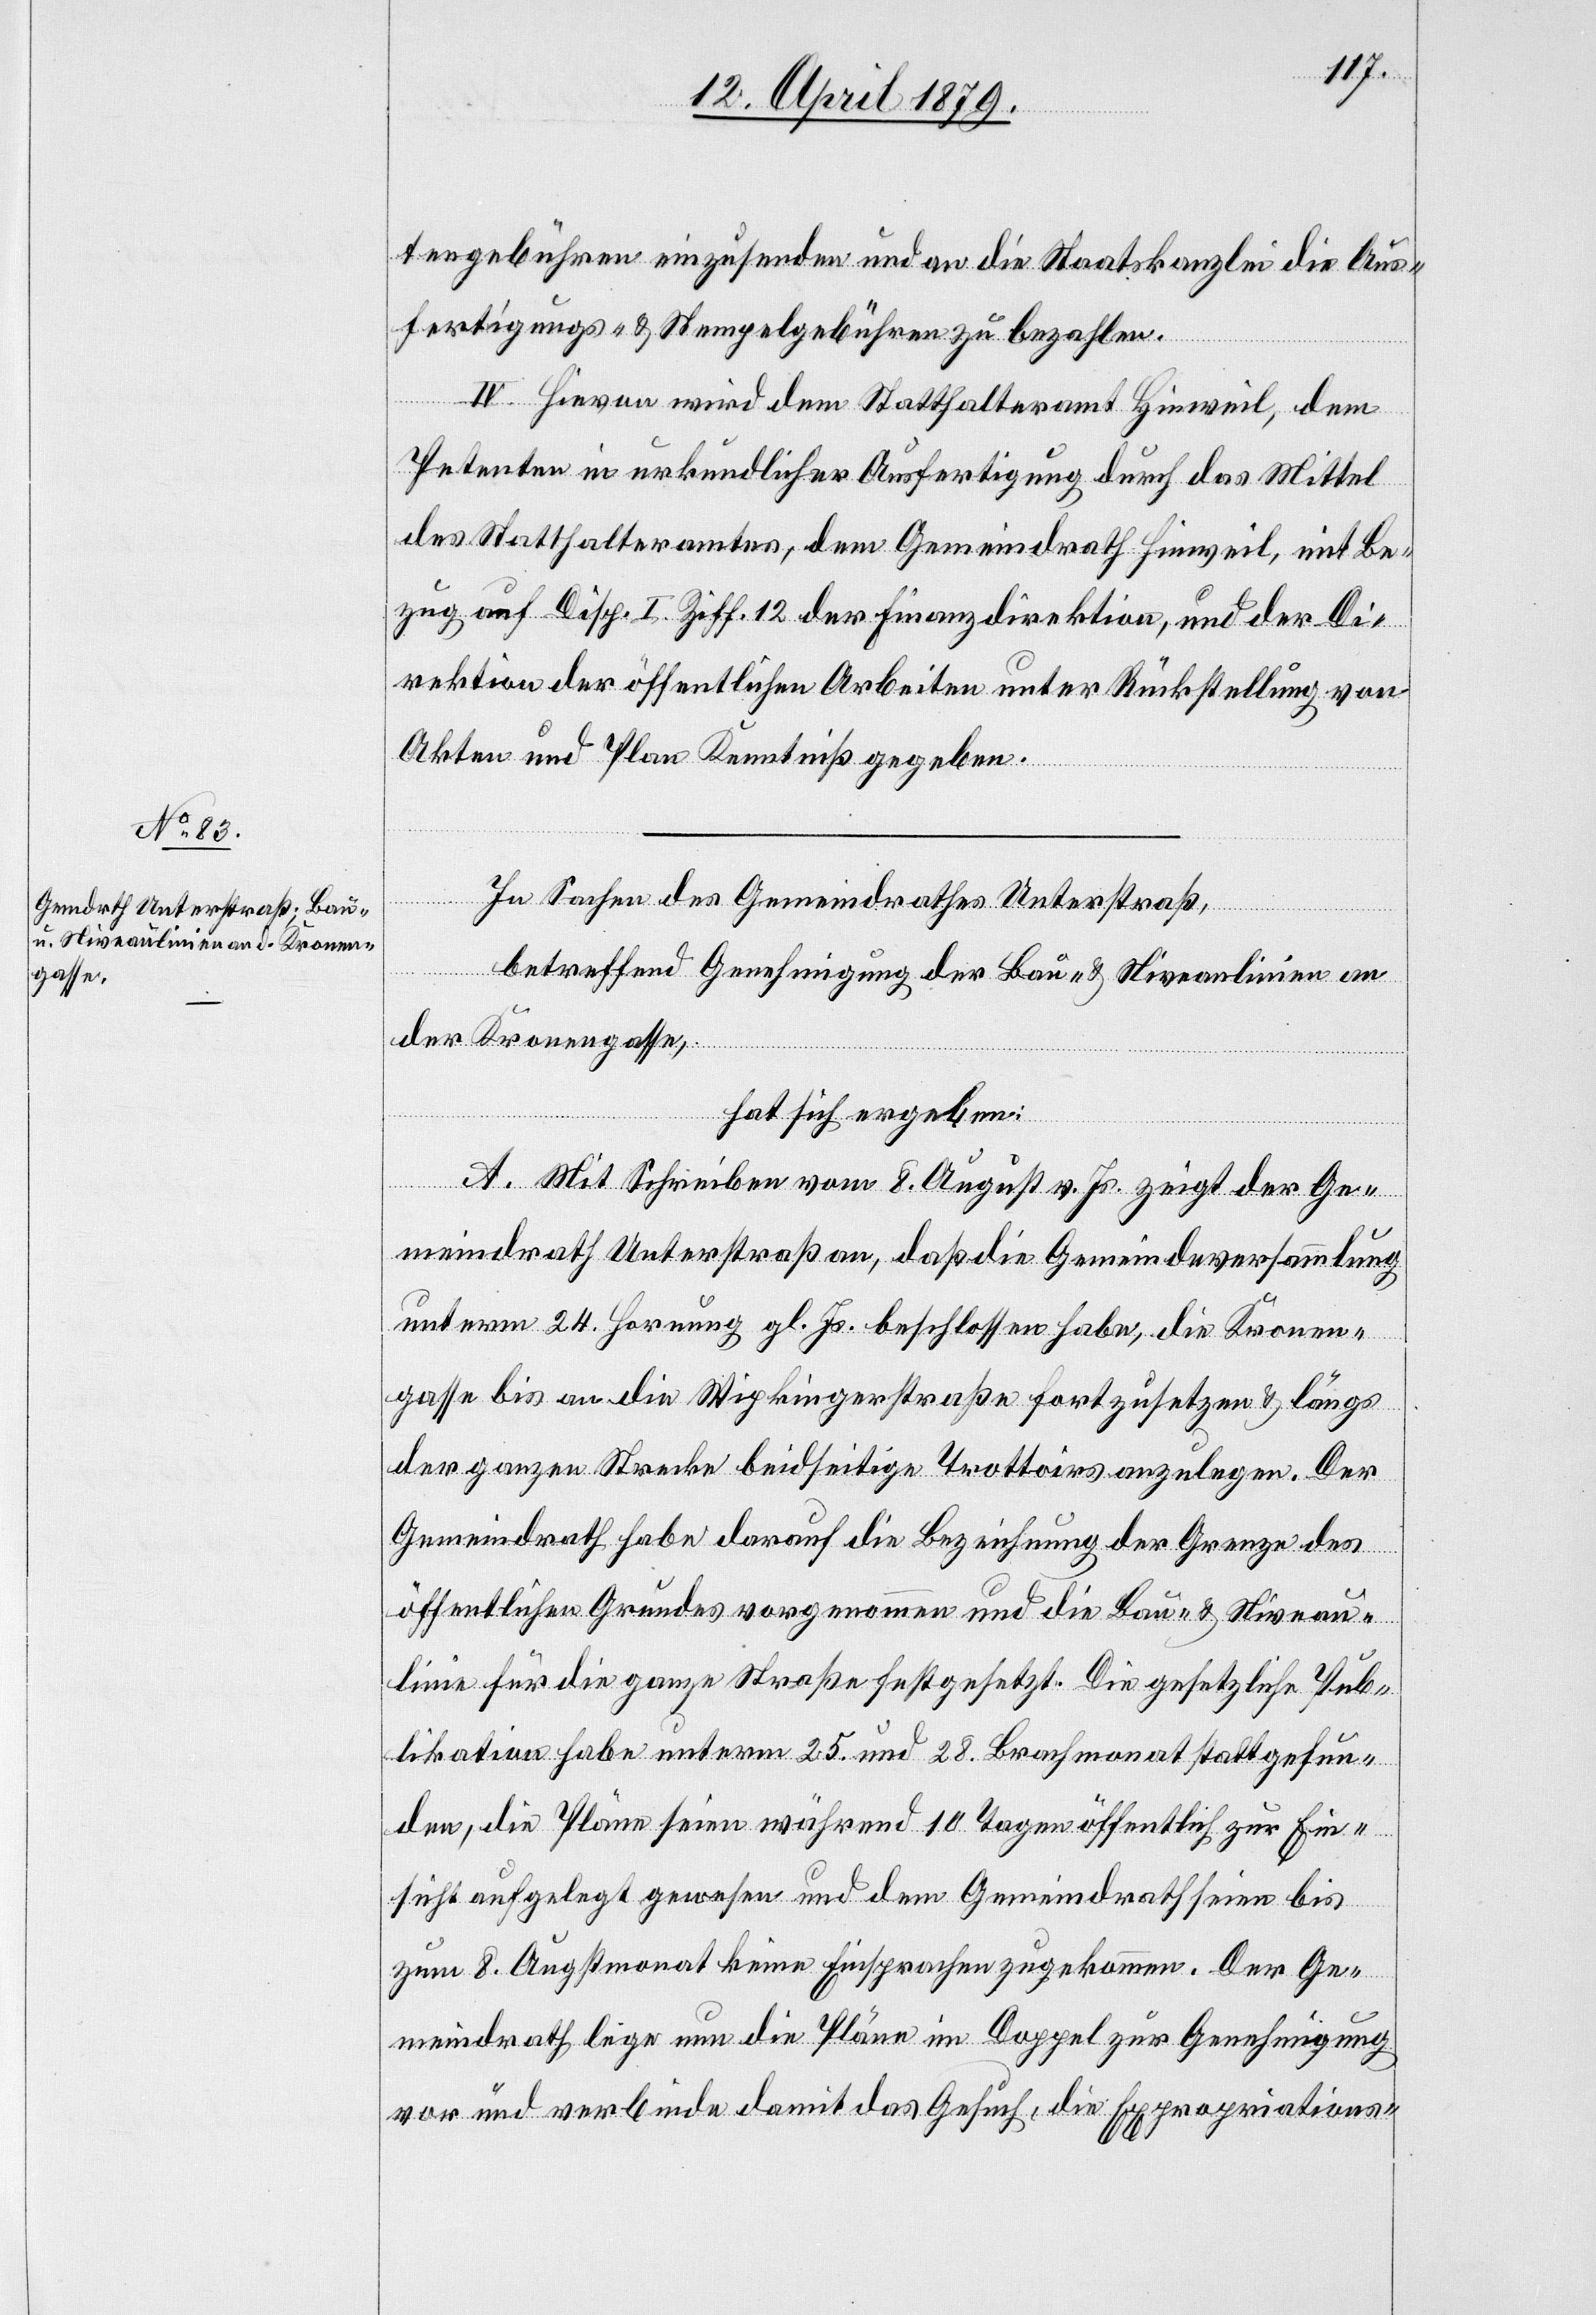
tengebühren einzusenden und an die Staatskanzlei die Aus¬
fertigungs- & Stempelgebühren zu bezahlen.
IV. Hievon wird dem Statthalteramt Hinweil, dem
Petenten in urkundlicher Ausfertigung durch das Mittel
des Statthalteramtes, dem Gemeindrath Hinweil, mit Be¬
zug auf Disp. I. Ziff. 12 der Finanzdirektion, und der Di¬
rektion der öffentlichen Arbeiten unter Rückstellung von
Akten und Plan Kenntniß gegeben.
In Sachen des Gemeindrathes Unterstraß,
betreffend Genehmigung der Bau- & Niveaulinien an
der Kronengasse,
hat sich ergeben:
A. Mit Schreiben vom 8. August v. Js. zeigt der Ge¬
meindrath Unterstraß an, daß die Gemeindeversammlung
unterm 24. Hornung gl. Js. beschlossen habe, die Kronen¬
gasse bis an die Wipkingerstraße fortzusetzen & längs
der ganzen Strecke beidseitige Trottoirs anzulegen. Der
Gemeindrath habe darauf die Bezeichnung der Grenze des
öffentlichen Grundes vorgenommen und die Bau- & Niveau¬
linie für die ganze Straße festgesetzt. Die gesetzliche Pub¬
likation habe unterm 25. und 28. Brachmonat stattgefun¬
den, die Pläne seien während 10 Tagen öffentlich zur Ein¬
sicht aufgelegt gewesen und dem Gemeindrath seien bis
zum 8. Augstmonat keine Einsprachen zugekommen. Der Ge¬
meindrath lege nun die Pläne im Doppel zur Genehmigung
vor und verbinde damit das Gesuch, die Expropriations-